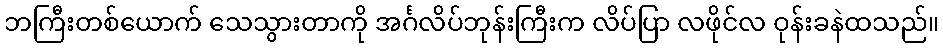
ဘကြီးတစ်ယောက် သေသွားတာကို အင်္ဂလိပ်ဘုန်းကြီးက လိပ်ပြာ လဖိုင်လ ဝုန်းခနဲထသည်။